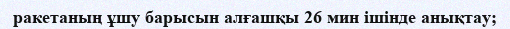
ракетаның ұшу барысын алғашқы 26 мин ішінде анықтау;